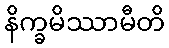
နိက္ခမိဿာမီတိ